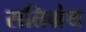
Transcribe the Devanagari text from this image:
सतिग्रंथ